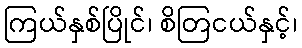
ကြယ်နှစ်ပြိုင်၊ စိတြငယ်နှင့်၊